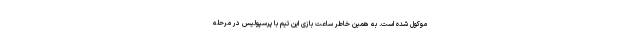
موکول شده است. به همین خاطر ساعت بازی این تیم با پرسپولیس در مرحله